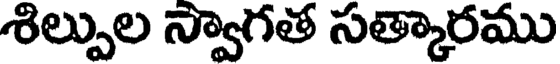
శిల్పుల న్వాగత సత్కారము